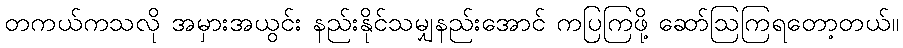
တကယ်ကသလို အမှားအယွင်း နည်းနိုင်သမျှနည်းအောင် ကပြကြဖို့ ဆော်ဩကြရတော့တယ်။